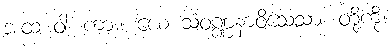
အထ ဝါ၊ ကား။ ယေ သံဝဏ္ဏနာဝိသေသာ၊ တို့ကို။